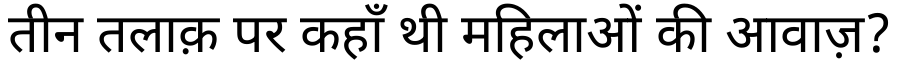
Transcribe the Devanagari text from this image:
तीन तलाक़ पर कहाँ थी महिलाओं की आवाज़?